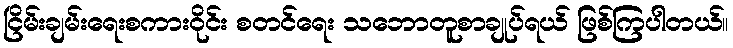
ငြိမ်းချမ်းရေးစကားဝိုင်း စတင်ရေး သဘောတူစာချုပ်ရယ် ဖြစ်ကြပါတယ်။